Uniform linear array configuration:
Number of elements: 48
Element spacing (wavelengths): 0.5
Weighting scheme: blackman
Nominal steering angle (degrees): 0
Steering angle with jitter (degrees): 1.604
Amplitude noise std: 0.05
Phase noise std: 0.05

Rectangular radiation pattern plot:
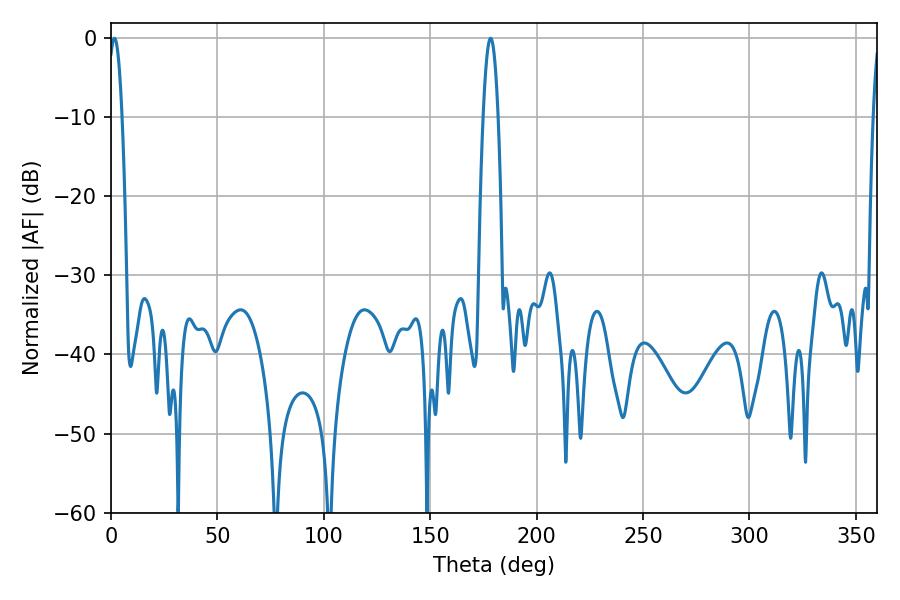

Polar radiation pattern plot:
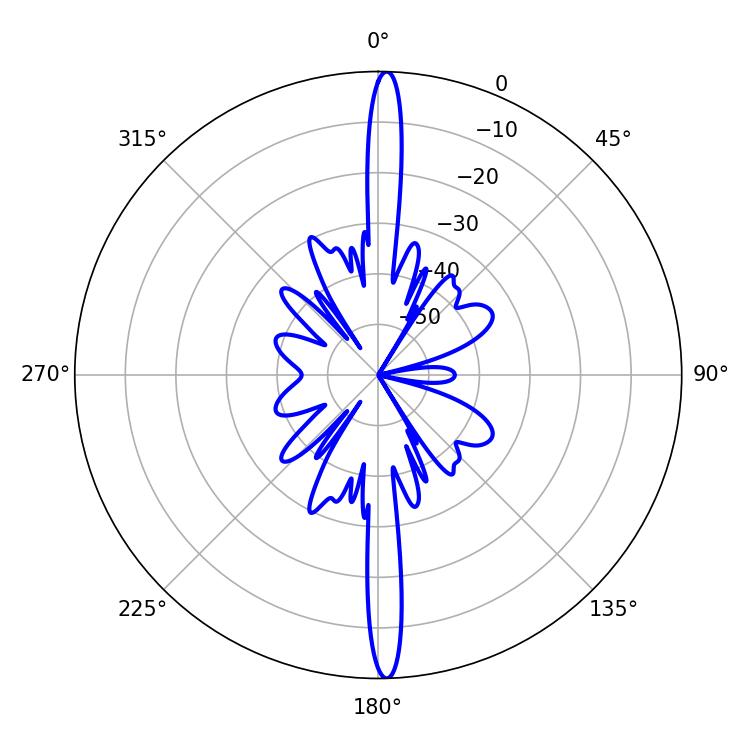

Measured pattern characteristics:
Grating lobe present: FALSE
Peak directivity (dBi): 26.802
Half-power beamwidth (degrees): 3.6
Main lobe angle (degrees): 1.62